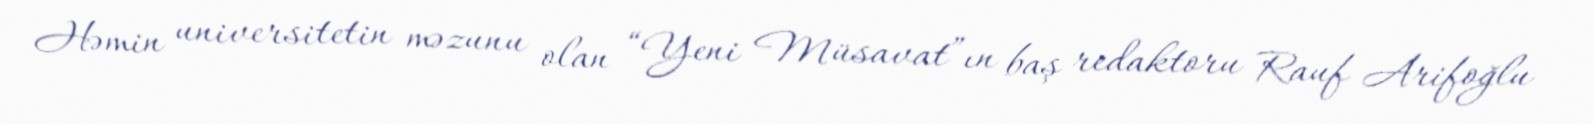
Həmin universitetin məzunu olan “Yeni Müsavat”ın baş redaktoru Rauf Arifoğlu